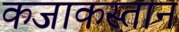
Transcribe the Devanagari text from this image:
कजाकस्तान